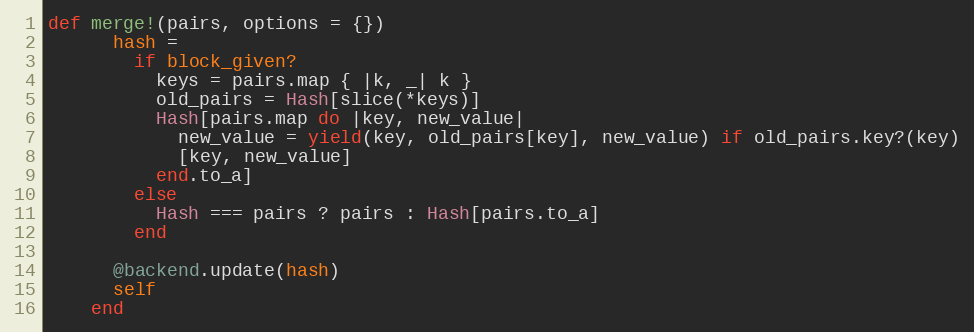
Language: Ruby
def merge!(pairs, options = {})
      hash =
        if block_given?
          keys = pairs.map { |k, _| k }
          old_pairs = Hash[slice(*keys)]
          Hash[pairs.map do |key, new_value|
            new_value = yield(key, old_pairs[key], new_value) if old_pairs.key?(key)
            [key, new_value]
          end.to_a]
        else
          Hash === pairs ? pairs : Hash[pairs.to_a]
        end

      @backend.update(hash)
      self
    end